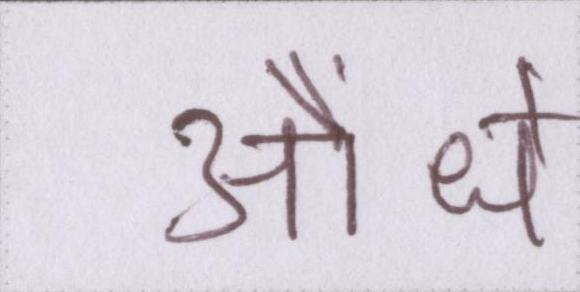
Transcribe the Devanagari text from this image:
औंधे